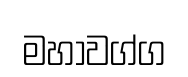
මහාවග්ග